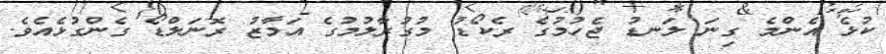
ކުޅެ އެންމެ ގިނަ ލަނޑު ޖެހުމުގެ ރެކޯޑު މުގުރާލުމުގެ އަމާޒު ރޮނަލްޑޯ ގެންގުޅެއެވެ.